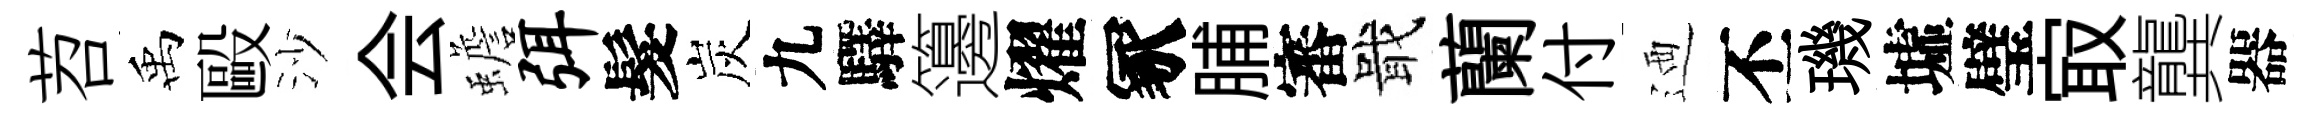
苕禹毆沙会蟾弭髮炭九驛籩燿冢脯審戢蘭付迺丕璣墟璧㝡龔器